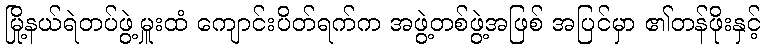
မြို့နယ်ရဲတပ်ဖွဲ့မှူးထံ ကျောင်းပိတ်ရက်က အဖွဲ့တစ်ဖွဲ့အဖြစ် အပြင်မှာ ၏တန်ဖိုးနှင့်